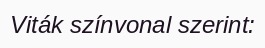
Viták színvonal szerint: